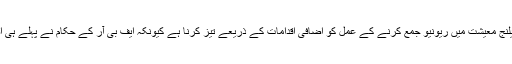
حکومت کے لیے اس وقت سب سے اہم چیلنج معیشت میں ریونیو جمع کرنے کے عمل کو اضافی اقدامات کے ذریعے تیز کرنا ہے کیونکہ ایف بی آر کے حکام نے پہلے ہی اضافی ٹیکسز کے نفاذ کی مخالفت کی ہے۔